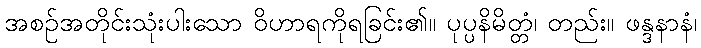
အစဉ်အတိုင်းသုံးပါးသော ဝိဟာရကိုရခြင်း၏။ ပုပ္ပနိမိတ္တံ၊ တည်း။ ဖန္ဒနာနံ၊